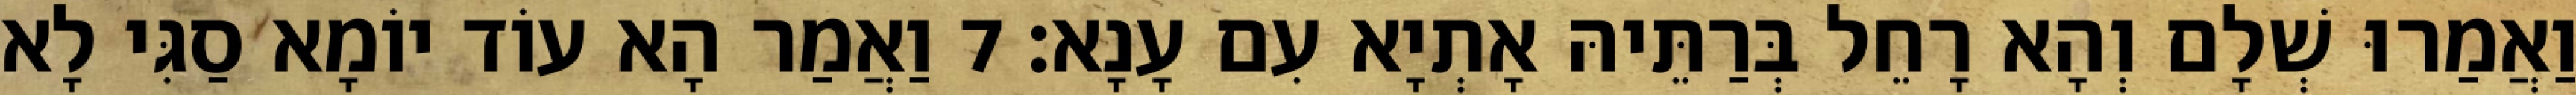
וַאֲמַרוּ שְׁלָם וְהָא רָחֵל בְּרַתֵּיהּ אָתְיָא עִם עָנָא׃ 7 וַאֲמַר הָא עוֹד יוֹמָא סַגִּי לָא